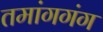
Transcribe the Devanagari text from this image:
तमांगगंग